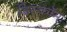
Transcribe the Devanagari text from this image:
डिस्कॉम